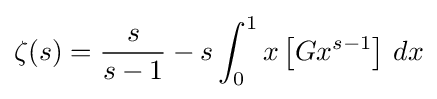
\zeta (s)={\frac {s}{s-1}}-s\int _{0}^{1}x\left[Gx^{s-1}\right]\,dx